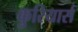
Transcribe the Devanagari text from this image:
कुरियार्स